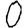
Digit: 0